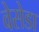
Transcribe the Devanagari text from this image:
वेसेडा